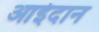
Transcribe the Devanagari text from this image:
आईदान